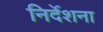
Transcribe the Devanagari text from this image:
निर्देशना